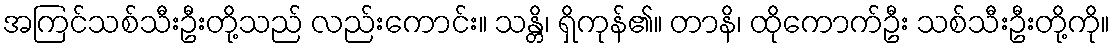
အကြင်သစ်သီးဦးတို့သည် လည်းကောင်း။ သန္တိ၊ ရှိကုန်၏။ တာနိ၊ ထိုကောက်ဦး သစ်သီးဦးတို့ကို။